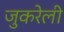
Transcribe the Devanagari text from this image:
जुकरेली